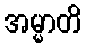
အမ္မာတိ